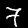
Digit: 7